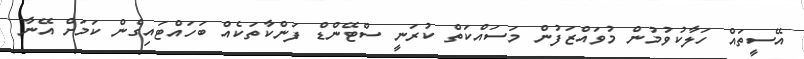
އޭސީތައް ހަލާކުވުމުން މުވައްޒަފުން މަސައްކަތް ކުރަނީ ސްޓޭންޑް ފަންކާތަކެއް ބަހައްޓައިގެން ކަމަށް އޭނާ